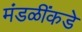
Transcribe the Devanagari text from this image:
मंडळींकडे